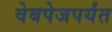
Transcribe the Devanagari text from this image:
वेबपेजपर्यंत